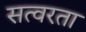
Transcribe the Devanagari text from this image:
सत्वरता